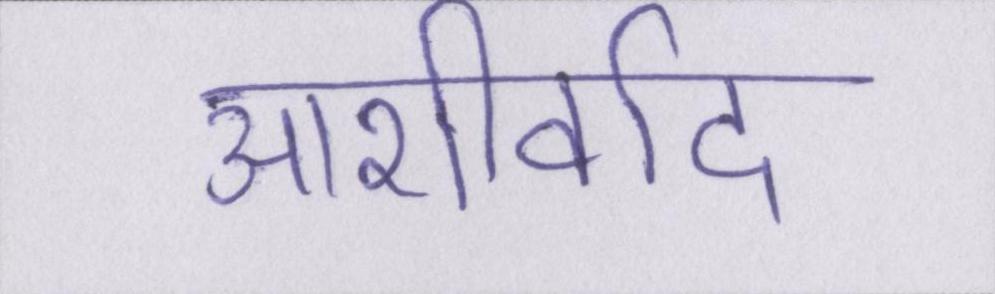
आशीर्वाद